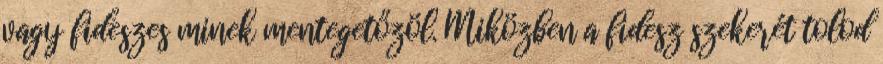
vagy fideszes minek mentegetőzöl. Miközben a fidesz szekerét tolod